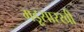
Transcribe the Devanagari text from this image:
गडूसारखी